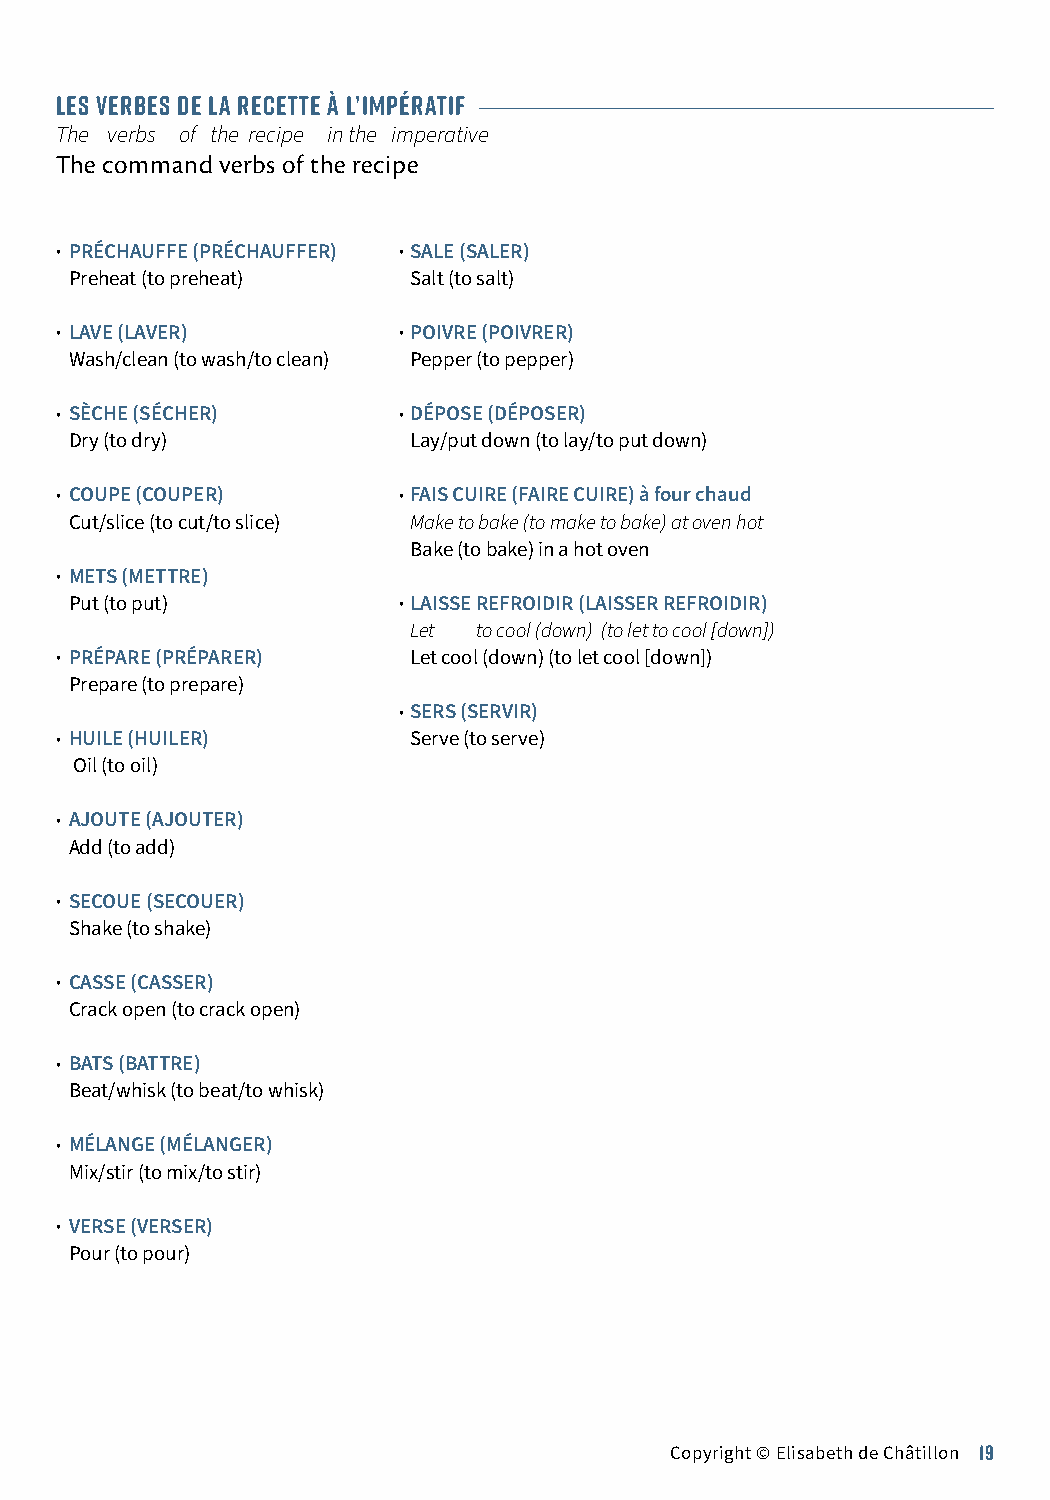
LES VERBES DE LA RECETTE À L’IMPÉRATIF
 The verbs of the recipe in the imperative
 The command verbs of the recipe
 • PRÉCHAUFFE (PRÉCHAUFFER) •SALE (SALER)
 Preheat (to preheat)  Salt (to salt)
 • LAVE (LAVER)        •POIVRE (POIVRER)
 Wash/clean (to wash/to clean) Pepper (to pepper)
 • SÈCHE (SÉCHER)      •DÉPOSE (DÉPOSER)
 Dry (to dry)          Lay/put down (to lay/to put down)
 • COUPE (COUPER)      •FAIS CUIRE (FAIRE CUIRE) à four chaud
 Cut/slice (to cut/to slice) Make to bake (to make to bake) at oven hot
 Bake (to bake) in a hot oven
 • METS (METTRE)
 Put (to put)         •LAISSE REFROIDIR (LAISSER REFROIDIR)
 Let  to cool (down) (to let to cool [down])
 • PRÉPARE (PRÉPARER)   Let cool (down) (to let cool [down])
 Prepare (to prepare)
 •SERS (SERVIR)
 • HUILE (HUILER)       Serve (to serve)
 Oil (to oil)
 • AJOUTE (AJOUTER)
 Add (to add)
 • SECOUE (SECOUER)
 Shake (to shake)
 • CASSE (CASSER)
 Crack open (to crack open)
 • BATS (BATTRE)
 Beat/whisk (to beat/to whisk)
 • MÉLANGE (MÉLANGER)
 Mix/stir (to mix/to stir)
 • VERSE (VERSER)
 Pour (to pour)
 Copyright © Elisabeth de Châtillon 19